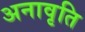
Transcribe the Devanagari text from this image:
अनावृति